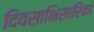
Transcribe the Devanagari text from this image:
दिवसाभिसारिका